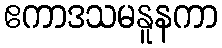
ဧကာဒသမနူနကာ